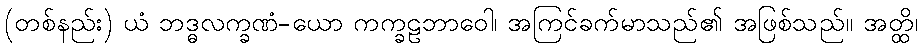
(တစ်နည်း) ယံ ဘဒ္ဓလက္ခဏံ-ယော ကက္ခဠဘာဝေါ၊ အကြင်ခက်မာသည်၏ အဖြစ်သည်။ အတ္ထိ၊